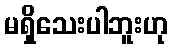
မရှိသေးပါဘူးဟု